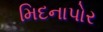
મિદનાપોર